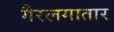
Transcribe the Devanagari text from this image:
गैरलगातार